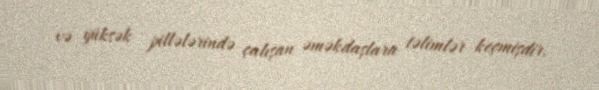
və yüksək pillələrində çalışan əməkdaşlara təlimlər keçmişdir.